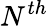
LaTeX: N^{th}